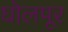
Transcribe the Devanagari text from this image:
घोलपूर